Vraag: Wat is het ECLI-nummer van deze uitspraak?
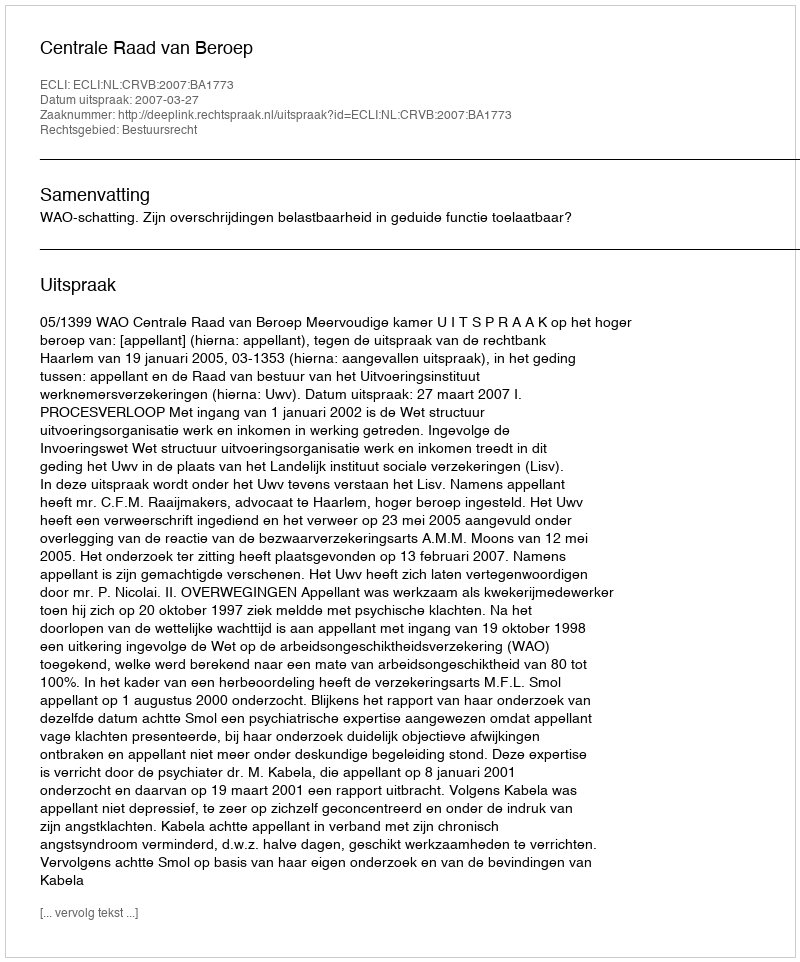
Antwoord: ECLI:NL:CRVB:2007:BA1773